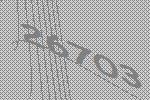
26703